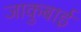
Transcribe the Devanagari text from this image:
जाकुबाई